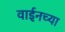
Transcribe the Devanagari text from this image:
वाईनच्या